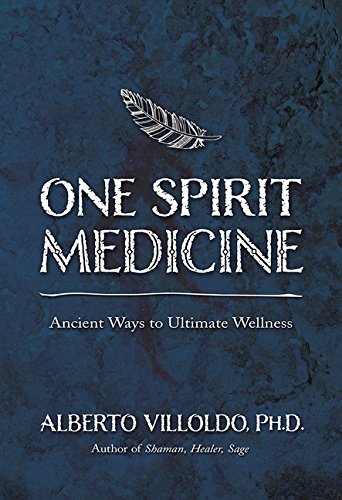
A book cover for One Spirit Medicine: Ancient Ways to Ultimate Wellness; Alberto Villoldo Ph.D.; Religion & Spirituality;